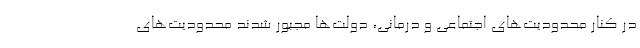
در کنار محدودیت‌های اجتماعی و درمانی، دولت‌ها مجبور شدند محدودیت‌های